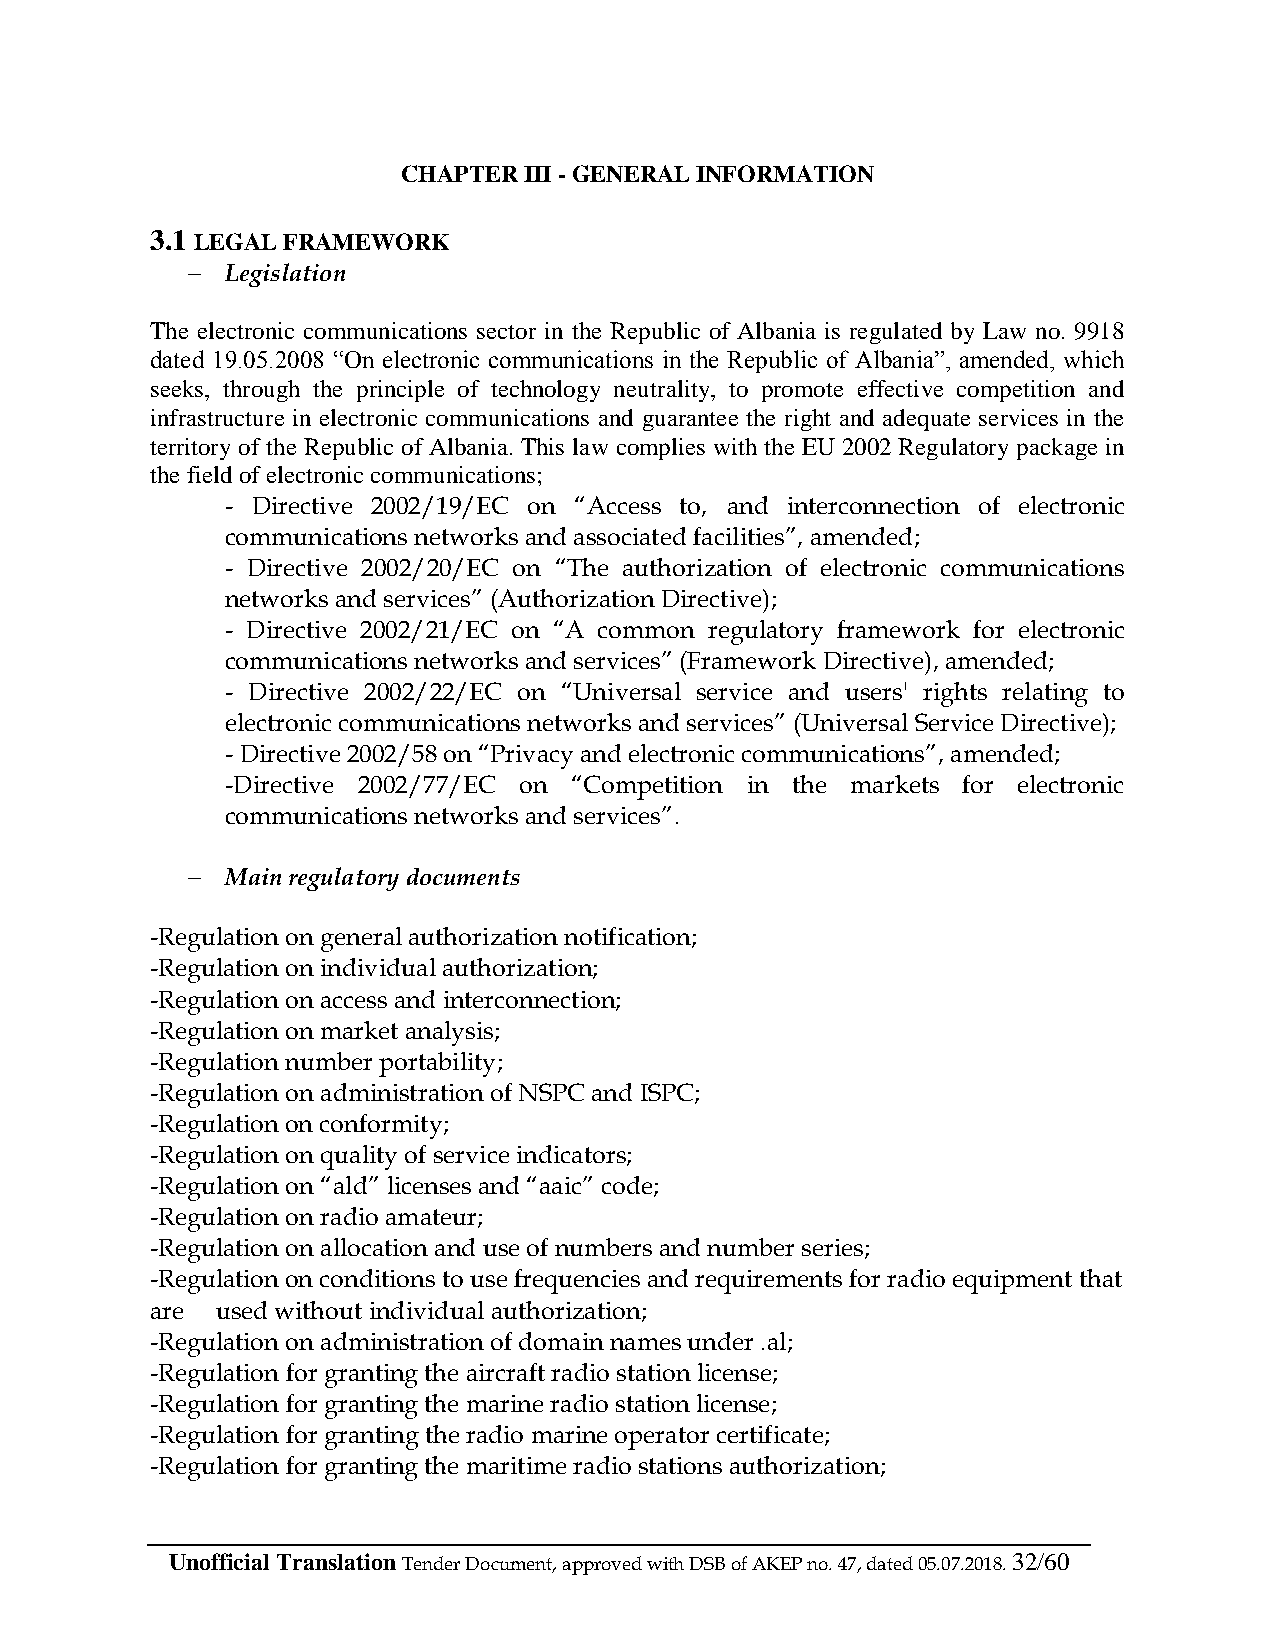
CHAPTER III - GENERAL INFORMATION
 3.1 LEGAL FRAMEWORK
   Legislation
 The electronic communications sector in the Republic of Albania is regulated by Law no. 9918
 dated 19.05.2008 “On electronic communications in the Republic of Albania”, amended, which
 seeks, through the principle of technology neutrality, to promote effective competition and
 infrastructure in electronic communications and guarantee the right and adequate services in the
 territory of the Republic of Albania. This law complies with the EU 2002 Regulatory package in
 the field of electronic communications;
 - Directive 2002/19/EC on “Access to, and interconnection of electronic
 communications networks and associated facilities”, amended;
 - Directive 2002/20/EC on “The authorization of electronic communications
 networks and services” (Authorization Directive);
 - Directive 2002/21/EC on “A common regulatory framework for electronic
 communications networks and services” (Framework Directive), amended;
 - Directive 2002/22/EC on “Universal service and users' rights relating to
 electronic communications networks and services” (Universal Service Directive);
 - Directive 2002/58 on “Privacy and electronic communications”, amended;
 -Directive 2002/77/EC on “Competition in the markets for electronic
 communications networks and services”.
   Main regulatory documents
 -Regulation on general authorization notification;
 -Regulation on individual authorization;
 -Regulation on access and interconnection;
 -Regulation on market analysis;
 -Regulation number portability;
 -Regulation on administration of NSPC and ISPC;
 -Regulation on conformity;
 -Regulation on quality of service indicators;
 -Regulation on “ald” licenses and “aaic” code;
 -Regulation on radio amateur;
 -Regulation on allocation and use of numbers and number series;
 -Regulation on conditions to use frequencies and requirements for radio equipment that
 are used without individual authorization;
 -Regulation on administration of domain names under .al;
 -Regulation for granting the aircraft radio station license;
 -Regulation for granting the marine radio station license;
 -Regulation for granting the radio marine operator certificate;
 -Regulation for granting the maritime radio stations authorization;
 Unofficial Translation Tender Document, approved with DSB of AKEP no. 47, dated 05.07.2018. 32/60